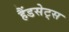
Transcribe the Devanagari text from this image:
हैंडसेट्स